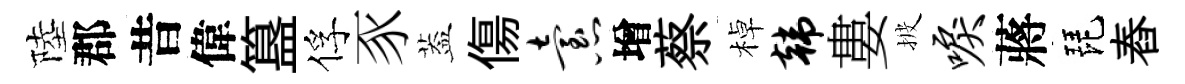
陸郡昔偉簋俘豕葢傷怠增蔡棹韩婁披唳蔣琵舂